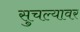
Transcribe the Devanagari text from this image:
सुचल्यावर